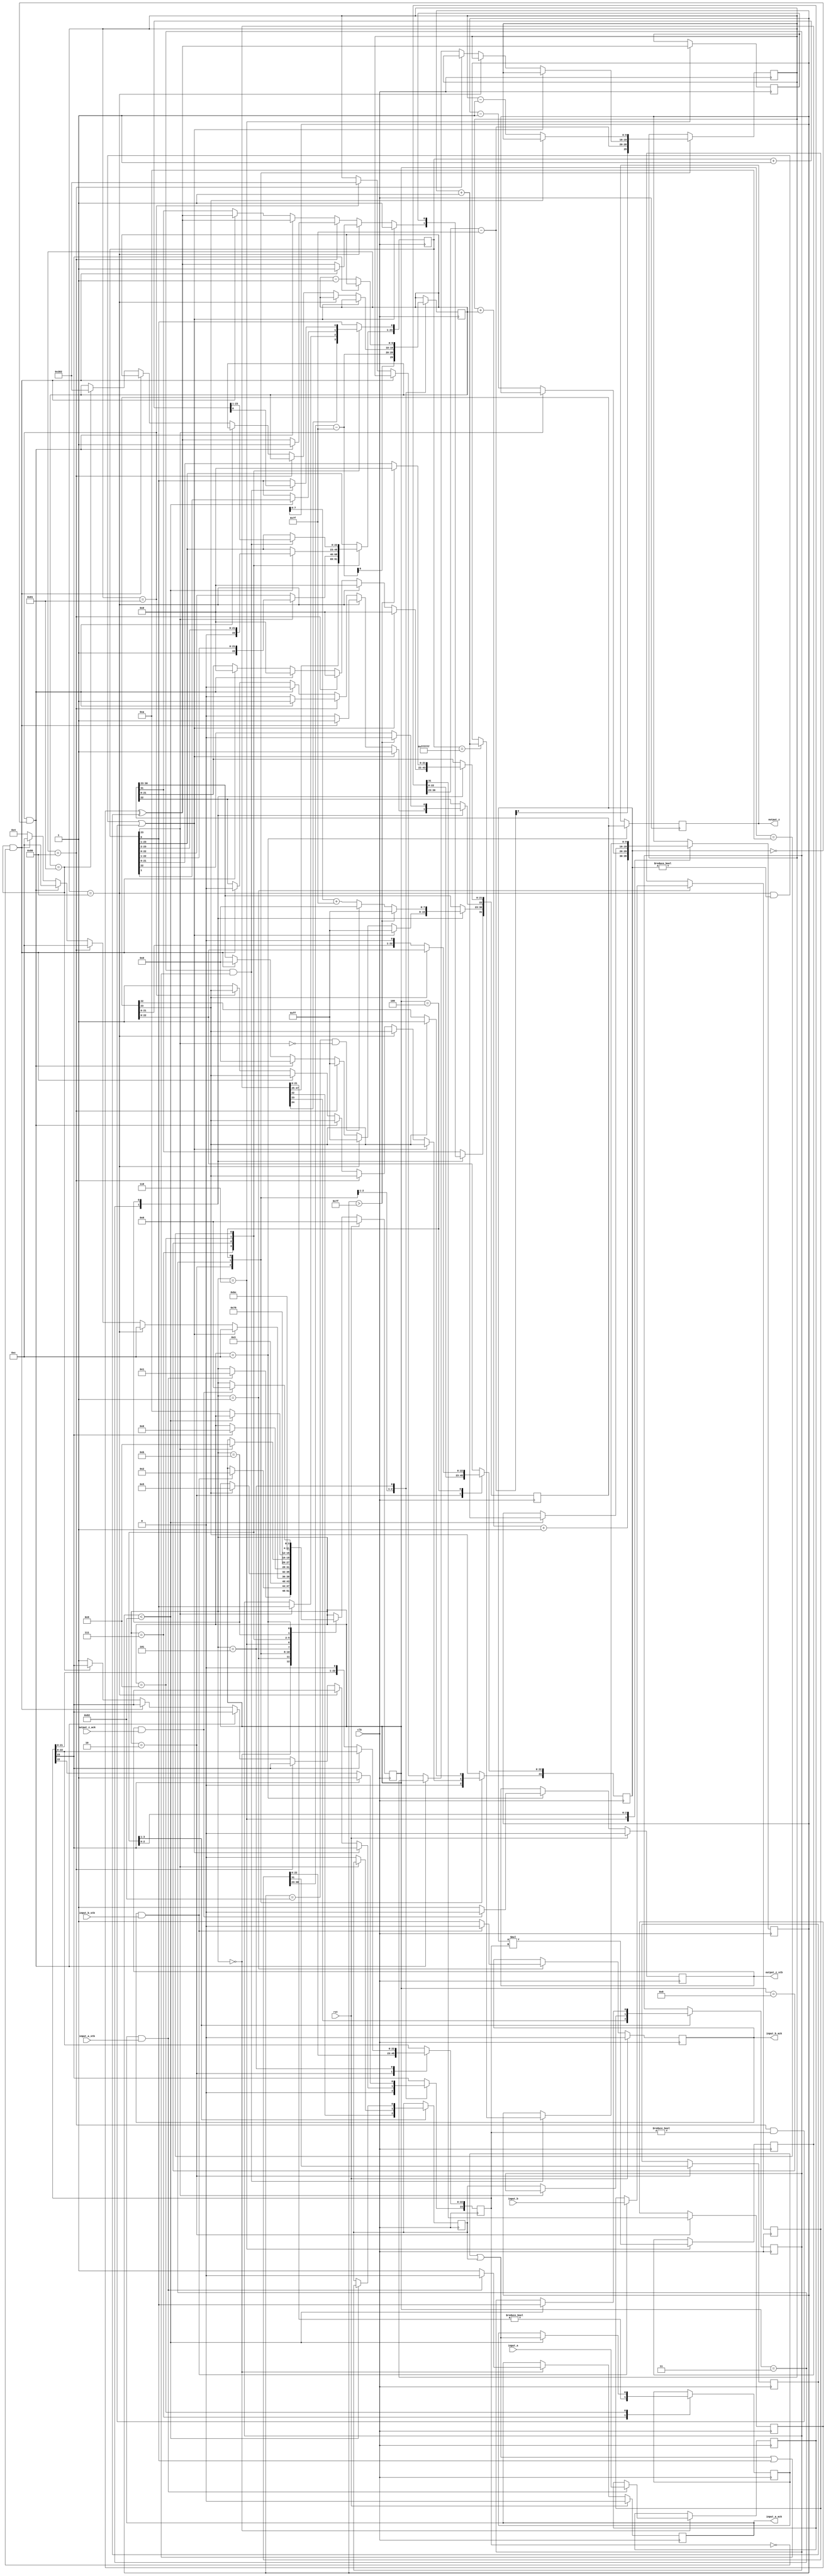
//IEEE Floating Point Multiplier (Single Precision)
//Copyright (C) Jonathan P Dawson 2013
//2013-12-12
module multiplier_fpu(
        input_a,
        input_b,
        input_a_stb,
        input_b_stb,
        output_z_ack,
        clk,
        rst,
        output_z,
        output_z_stb,
        input_a_ack,
        input_b_ack);

  input     clk;
  input     rst;

  input     [31:0] input_a;
  input     input_a_stb;
  output    input_a_ack;

  input     [31:0] input_b;
  input     input_b_stb;
  output    input_b_ack;

  output    [31:0] output_z;
  output    output_z_stb;
  input     output_z_ack;

  reg       s_output_z_stb;
  reg       [31:0] s_output_z;
  reg       s_input_a_ack;
  reg       s_input_b_ack;

  reg       [3:0] state;
  parameter get_a         = 4'd0,
            get_b         = 4'd1,
            unpack        = 4'd2,
            special_cases = 4'd3,
            normalise_a   = 4'd4,
            normalise_b   = 4'd5,
            multiply_0    = 4'd6,
            multiply_1    = 4'd7,
            normalise_1   = 4'd8,
            normalise_2   = 4'd9,
            round         = 4'd10,
            pack          = 4'd11,
            put_z         = 4'd12;

  reg       [31:0] a, b, z;
  reg       [23:0] a_m, b_m, z_m;
  reg       [9:0] a_e, b_e, z_e;
  reg       a_s, b_s, z_s;
  reg       guard, round_bit, sticky;
  reg       [47:0] product;

  always @(posedge clk)
  begin

    case(state)

      get_a:
      begin
        s_input_a_ack <= 1;
        if (s_input_a_ack && input_a_stb) begin
          a <= input_a;
          s_input_a_ack <= 0;
          state <= get_b;
        end
      end

      get_b:
      begin
        s_input_b_ack <= 1;
        if (s_input_b_ack && input_b_stb) begin
          b <= input_b;
          s_input_b_ack <= 0;
          state <= unpack;
        end
      end

      unpack:
      begin
        a_m <= a[22 : 0];
        b_m <= b[22 : 0];
        a_e <= a[30 : 23] - 127;
        b_e <= b[30 : 23] - 127;
        a_s <= a[31];
        b_s <= b[31];
        state <= special_cases;
      end

      special_cases:
      begin
        //if a is NaN or b is NaN return NaN 
        if ((a_e == 128 && a_m != 0) || (b_e == 128 && b_m != 0)) begin
          z[31] <= 1;
          z[30:23] <= 255;
          z[22] <= 1;
          z[21:0] <= 0;
          state <= put_z;
        //if a is inf return inf
        end else if (a_e == 128) begin
          z[31] <= a_s ^ b_s;
          z[30:23] <= 255;
          z[22:0] <= 0;
          //if b is zero return NaN
          if (($signed(b_e) == -127) && (b_m == 0)) begin
            z[31] <= 1;
            z[30:23] <= 255;
            z[22] <= 1;
            z[21:0] <= 0;
          end
          state <= put_z;
        //if b is inf return inf
        end else if (b_e == 128) begin
          z[31] <= a_s ^ b_s;
          z[30:23] <= 255;
          z[22:0] <= 0;
          //if a is zero return NaN
          if (($signed(a_e) == -127) && (a_m == 0)) begin
            z[31] <= 1;
            z[30:23] <= 255;
            z[22] <= 1;
            z[21:0] <= 0;
          end
          state <= put_z;
        //if a is zero return zero
        end else if (($signed(a_e) == -127) && (a_m == 0)) begin
          z[31] <= a_s ^ b_s;
          z[30:23] <= 0;
          z[22:0] <= 0;
          state <= put_z;
        //if b is zero return zero
        end else if (($signed(b_e) == -127) && (b_m == 0)) begin
          z[31] <= a_s ^ b_s;
          z[30:23] <= 0;
          z[22:0] <= 0;
          state <= put_z;
        end else begin
          //Denormalised Number
          if ($signed(a_e) == -127) begin
            a_e <= -126;
          end else begin
            a_m[23] <= 1;
          end
          //Denormalised Number
          if ($signed(b_e) == -127) begin
            b_e <= -126;
          end else begin
            b_m[23] <= 1;
          end
          state <= normalise_a;
        end
      end

      normalise_a:
      begin
        if (a_m[23]) begin
          state <= normalise_b;
        end else begin
          a_m <= a_m << 1;
          a_e <= a_e - 1;
        end
      end

      normalise_b:
      begin
        if (b_m[23]) begin
          state <= multiply_0;
        end else begin
          b_m <= b_m << 1;
          b_e <= b_e - 1;
        end
      end

      multiply_0:
      begin
        z_s <= a_s ^ b_s;
        z_e <= a_e + b_e + 1;
        product <= a_m * b_m;
        state <= multiply_1;
      end

      multiply_1:
      begin
        z_m <= product[47:24];
        guard <= product[23];
        round_bit <= product[22];
        sticky <= (product[21:0] != 0);
        state <= normalise_1;
      end

      normalise_1:
      begin
        if (z_m[23] == 0) begin
          z_e <= z_e - 1;
          z_m <= z_m << 1;
          z_m[0] <= guard;
          guard <= round_bit;
          round_bit <= 0;
        end else begin
          state <= normalise_2;
        end
      end

      normalise_2:
      begin
        if ($signed(z_e) < -126) begin
          z_e <= z_e + 1;
          z_m <= z_m >> 1;
          guard <= z_m[0];
          round_bit <= guard;
          sticky <= sticky | round_bit;
        end else begin
          state <= round;
        end
      end

      round:
      begin
        if (guard && (round_bit | sticky | z_m[0])) begin
          z_m <= z_m + 1;
          if (z_m == 24'hffffff) begin
            z_e <=z_e + 1;
          end
        end
        state <= pack;
      end

      pack:
      begin
        z[22 : 0] <= z_m[22:0];
        z[30 : 23] <= z_e[7:0] + 127;
        z[31] <= z_s;
        if ($signed(z_e) == -126 && z_m[23] == 0) begin
          z[30 : 23] <= 0;
        end
        //if overflow occurs, return inf
        if ($signed(z_e) > 127) begin
          z[22 : 0] <= 0;
          z[30 : 23] <= 255;
          z[31] <= z_s;
        end
        state <= put_z;
      end

      put_z:
      begin
        s_output_z_stb <= 1;
        s_output_z <= z;
        if (s_output_z_stb && output_z_ack) begin
          s_output_z_stb <= 0;
          state <= get_a;
        end
      end

    endcase

    if (rst == 1) begin
      state <= get_a;
      s_input_a_ack <= 0;
      s_input_b_ack <= 0;
      s_output_z_stb <= 0;
    end

  end
  assign input_a_ack = s_input_a_ack;
  assign input_b_ack = s_input_b_ack;
  assign output_z_stb = s_output_z_stb;
  assign output_z = s_output_z;

endmodule